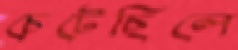
চেটেছিলে